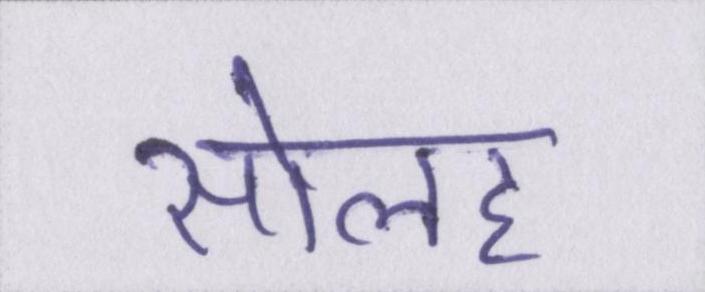
सोलह